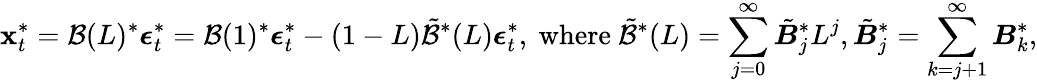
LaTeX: \boldsymbol{\mathbf{x}}_{t}^{*}=\mathcal{{B}}(L)^{*}\boldsymbol{\epsilon}_{t}^{*}=\mathcal{{B}}(1)^{*}\boldsymbol{\epsilon}_{t}^{*}-(1-L)\tilde{{\mathcal{{B}}}}^{*}(L)\boldsymbol{\epsilon}_{t}^{*},\mathrm{{~where~}}\tilde{{\mathcal{{B}}}}^{*}(L)=\sum_{j=0}^{\infty}\tilde{{\boldsymbol{B}}}_{j}^{*}L^{j},\tilde{{\boldsymbol{B}}}_{j}^{*}=\sum_{k=j+1}^{\infty}\boldsymbol{B}_{k}^{*},